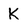
Character: K